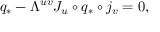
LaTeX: q _ { * } - \Lambda ^ { u v } J _ { u } \circ q _ { * } \circ j _ { v } = 0 ,